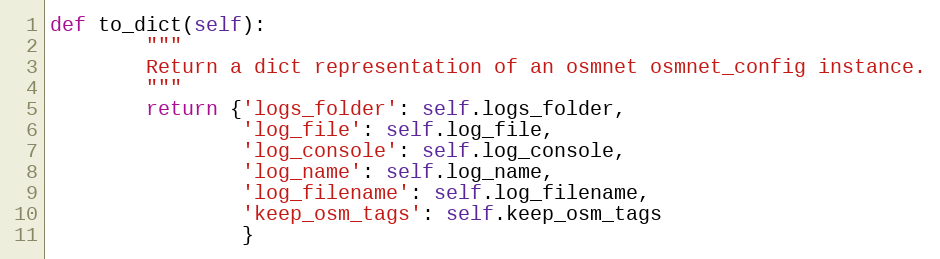
Language: Python
def to_dict(self):
        """
        Return a dict representation of an osmnet osmnet_config instance.
        """
        return {'logs_folder': self.logs_folder,
                'log_file': self.log_file,
                'log_console': self.log_console,
                'log_name': self.log_name,
                'log_filename': self.log_filename,
                'keep_osm_tags': self.keep_osm_tags
                }